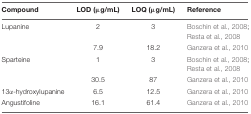
<table><thead><tr><td><b>Compound</b></td><td><b>LOD (μg/mL)</b></td><td><b>LOQ (μg/mL)</b></td><td><b>Reference</b></td></tr></thead><tbody><tr><td>Lupanine</td><td>2</td><td>3</td><td>Boschin et al., 2008; Resta et al., 2008</td></tr><tr><td></td><td>7.9</td><td>18.2</td><td>Ganzera et al., 2010</td></tr><tr><td>Sparteine</td><td>1</td><td>3</td><td>Boschin et al., 2008; Resta et al., 2008</td></tr><tr><td></td><td>30.5</td><td>87</td><td>Ganzera et al., 2010</td></tr><tr><td>13α-hydroxylupanine</td><td>6.5</td><td>12.5</td><td>Ganzera et al., 2010</td></tr><tr><td>Angustifoline</td><td>16.1</td><td>61.4</td><td>Ganzera et al., 2010</td></tr></tbody></table>